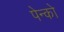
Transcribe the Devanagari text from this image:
पेन्को